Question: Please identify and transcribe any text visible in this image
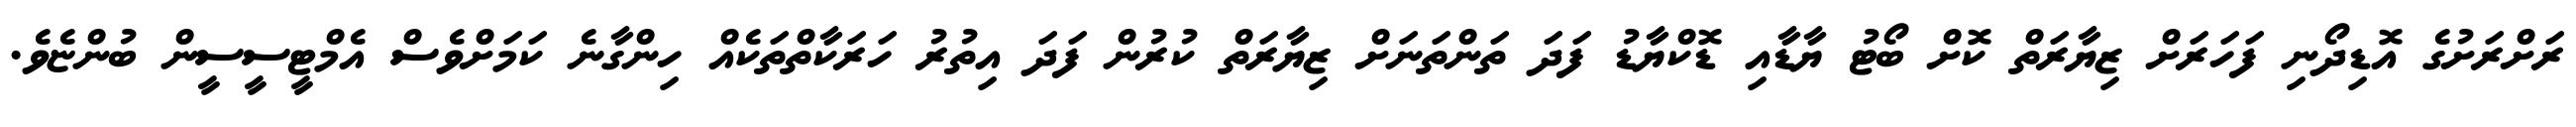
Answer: ރަށްރަށުގެ އޮޑިދޯނި ފަހަރަށް ޒިޔާރަތް ކޮށް ބޯޓު ޔާޑާއި ޑޮކްޔާޑު ފަދަ ތަންތަނަށް ޒިޔާރަތް ކުރުން ފަދަ އިތުރު ހަރަކާތްތަކެއް ހިންގާނެ ކަމަށްވެސް އެމްޓީސީސީން ބުންޏެވެ.